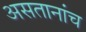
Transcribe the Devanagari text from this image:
असतानांच